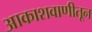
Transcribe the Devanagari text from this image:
आकाशवाणीतून